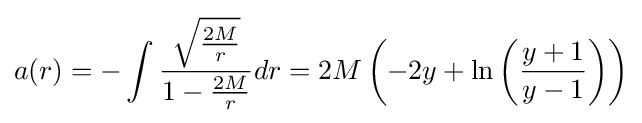
a(r)=-\int {\frac {\sqrt {\frac {2M}{r}}}{1-{\frac {2M}{r}}}}dr=2M\left(-2y+\ln \left({\frac {y+1}{y-1}}\right)\right)